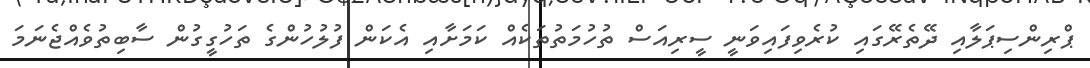
ޕްރިންސިޕަލާއި ދޭތެރޭގައި ކުރެވިފައިވަނީ ސީރިއަސް ތުހުމަތުތަކެއް ކަމަށާއި އެކަން ފުލުހުންގެ ތަހުގީގުން ސާބިތުވެއްޖެނަމަ